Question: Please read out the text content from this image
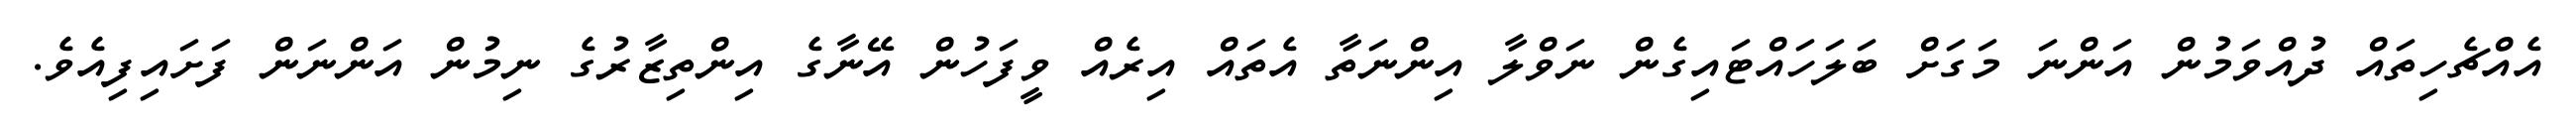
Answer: އެއްޗެހިތައް ދުއްވަމުން އަންނަ މަގަށް ބަލަހައްޓައިގެން ނަވްލާ އިންނަތާ އެތައް އިރެއް ވީފަހުން އޭނާގެ އިންތިޒާރުގެ ނިމުން އަންނަން ފަށައިފިއެވެ.